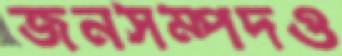
জনসম্পদও